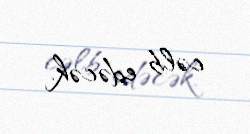
cəlb edəcək.